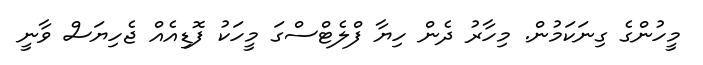
މީހުންގެ ގިނަކަމުން. މިހާރު ދެން ހިޔާ ފްލެޓްސްގަ މީހަކު ފޮޑިއެއް ޖެހިޔަސް ވާނީ